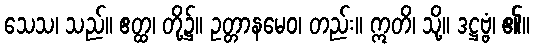
သေသ၊ သည်။ ဧတ္ထ၊ တို့၌။ ဥတ္တာနမေဝ၊ တည်း။ ဣတိ၊ သို့။ ဒဋ္ဌဗ္ဗံ၊ ၏။